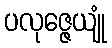
ပလုဇ္ဇေယျုံ